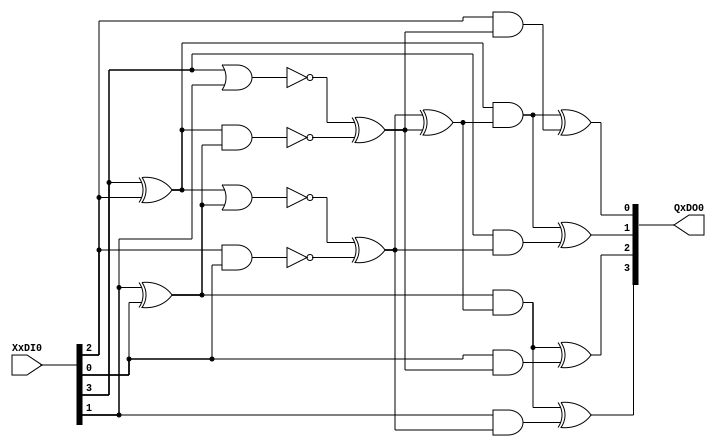
`timescale 1ns / 1ps
//////////////////////////////////////////////////////////////////////////////////
// Company: 
// Engineer: 
// 
// Design Name: 
// Module Name:    unshared_inv 
// Project Name: 
// Target Devices: 
// Tool versions: 
// Description: 
//
// Dependencies: 
//
// Revision: 
// Revision 0.01 - File Created
// Additional Comments: 
//
//////////////////////////////////////////////////////////////////////////////////
//unshared inverter in gf2^4
module unshared_inv(
   input [3:0]  XxDI0,
   output [3:0] QxDO0
	);
	
   wire [1:0] a, b, c, d, amuld,bmuld;
	wire sa, sb ,sd;
	
	//Canright variant
   assign a=XxDI0[3:2];
   assign b=XxDI0[1:0];
   assign sa=a[1] ^ a[0];
   assign sb=b[1] ^ b[0];
   assign c={~(a[1] | b[1]) ^ (~(sa & sb)),~(sa | sb) ^ (~(a[0] & b[0]))};
   assign d={c[0],c[1]};
   assign sd=d[1] ^ d[0];
   assign amuld[0]=(sa & sd) ^ (a[0] & d[0]);
   assign amuld[1]=(sa & sd) ^ (a[1] & d[1]);
   assign bmuld[0]=(sb & sd) ^ (b[0] & d[0]);
   assign bmuld[1]=(sb & sd) ^ (b[1] & d[1]);
   assign QxDO0= {bmuld,amuld};
  
endmodule